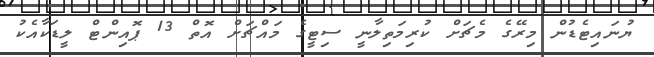
ޔުނައިޓެޑުން މިރޭގެ މެޗަށް ކުރިމަތިލާނީ ސިޓީގެ މައްޗަށް އޮތް 13 ޕޮއިންޓް ލީޑަކާއެކު